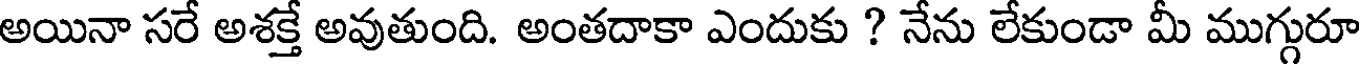
అయినా సరే అశక్తే అవుతుంది. అంతదాకా ఎందుకు ? నేను లేకుండా మీ ముగ్గురూ